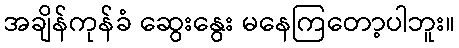
အချိန်ကုန်ခံ ဆွေးနွေး မနေကြတော့ပါဘူး။